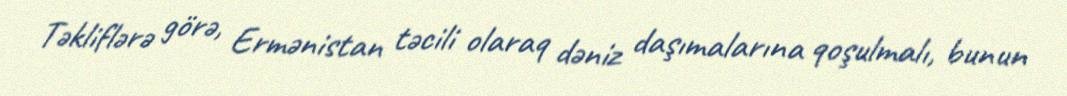
Təkliflərə görə, Ermənistan təcili olaraq dəniz daşımalarına qoşulmalı, bunun